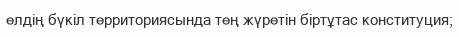
елдің бүкіл территориясында тең жүретін біртұтас конституция;